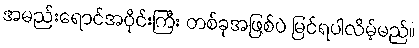
အမည်းရောင်အဝိုင်းကြီး တစ်ခုအဖြစ်ပဲ မြင်ရပါလိမ့်မည်။